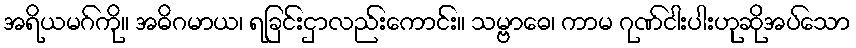
အရိယမဂ်ကို။ အဓိဂမာယ၊ ရခြင်းငှာလည်းကောင်း။ သမ္ဗာဓေ၊ ကာမ ဂုဏ်ငါးပါးဟုဆိုအပ်သော